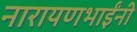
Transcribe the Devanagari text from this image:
नारायणभाईंनी